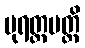
ပုရတ္ထမတ္ထိ